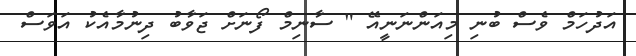
އަދުހަމް ވެސް ބުނި މިއަންނަނީއޭ " ސާނިމް ފޯނަށް ޖަވާބު ދިނުމާއެކު އަވަސް